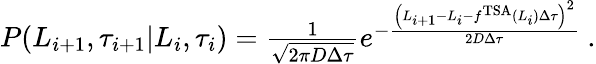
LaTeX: \begin{array}{r}{P(L_{i+1},\tau_{i+1}|L_{i},\tau_{i})=\frac{1}{\sqrt{2\pi D\Delta\tau}}e^{-\frac{\left(L_{i+1}-L_{i}-f^{\mathrm{TSA}}(L_{i})\Delta\tau\right)^{2}}{2D\Delta\tau}}\ .}\end{array}